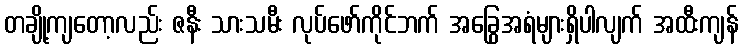
တချို့ကျတော့လည်း ဇနီး သားသမီး လုပ်ဖော်ကိုင်ဘက် အခြွေအရံများရှိပါလျက် အထီးကျန်